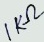
Text: 1KΩ